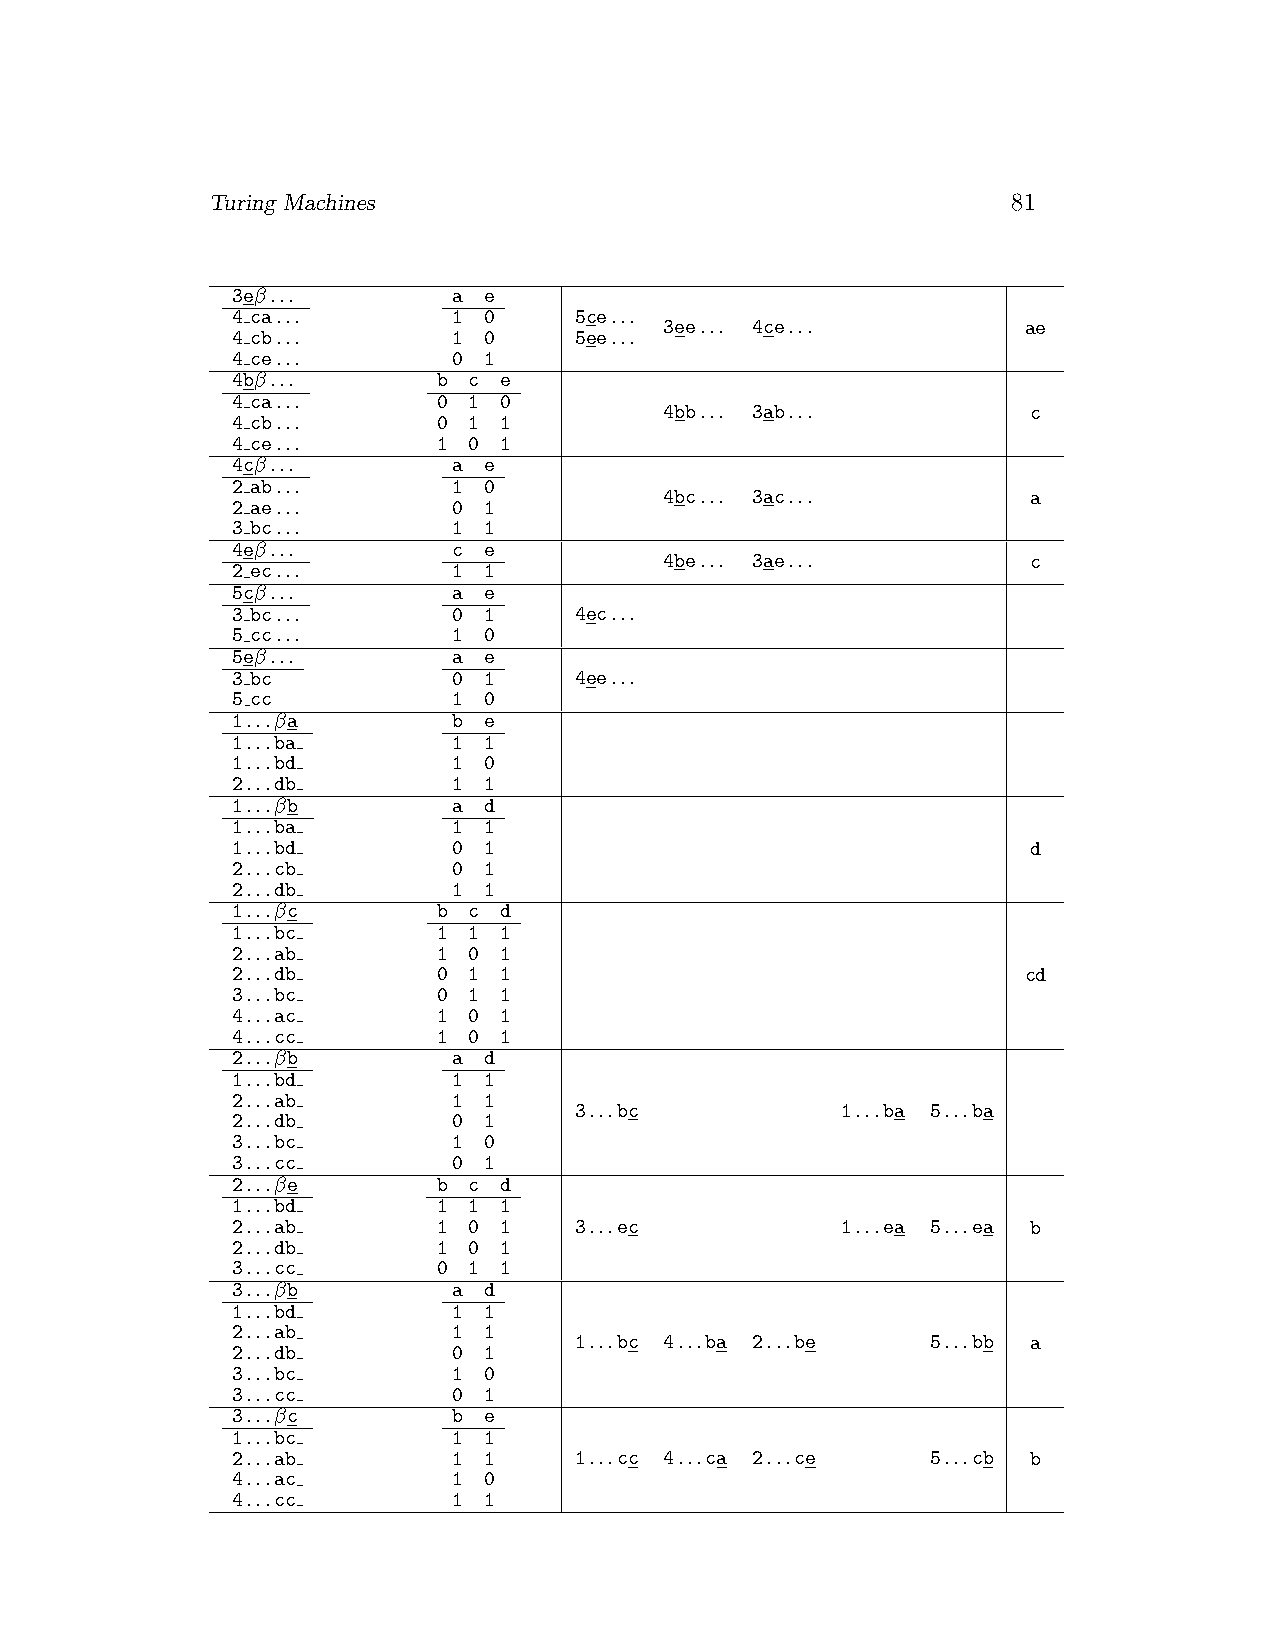
Turing Machines                                      81
 3eβ...         a e
 4 ca...        1 0     5ce...
 3ee... 4ce...           ae
 4 cb...        1 0     5ee...
 4 ce...        0 1
 4bβ...        b c e
 4 ca...       0 1 0
 4bb... 3ab...           c
 4 cb...       0 1 1
 4 ce...       1 0 1
 4cβ...         a e
 2 ab...        1 0
 4bc... 3ac...           a
 2 ae...        0 1
 3 bc...        1 1
 4eβ...         c e
 4be... 3ae...           c
 2 ec...        1 1
 5cβ...         a e
 3 bc...        0 1     4ec...
 5 cc...        1 0
 5eβ...         a e
 3 bc           0 1     4ee...
 5 cc           1 0
 1...βa         b e
 1...ba         1 1
 1...bd         1 0
 2...db         1 1
 1...βb         a d
 1...ba         1 1
 1...bd         0 1                                   d
 2...cb         0 1
 2...db         1 1
 1...βc        b c d
 1...bc        1 1 1
 2...ab        1 0 1
 2...db        0 1 1                                  cd
 3...bc        0 1 1
 4...ac        1 0 1
 4...cc        1 0 1
 2...βb         a d
 1...bd         1 1
 2...ab         1 1
 3...bc            1...ba 5...ba
 2...db         0 1
 3...bc         1 0
 3...cc         0 1
 2...βe        b c d
 1...bd        1 1 1
 2...ab        1 0 1    3...ec            1...ea 5...ea b
 2...db        1 0 1
 3...cc        0 1 1
 3...βb         a d
 1...bd         1 1
 2...ab         1 1
 1...bc 4...ba 2...be    5...bb a
 2...db         0 1
 3...bc         1 0
 3...cc         0 1
 3...βc         b e
 1...bc         1 1
 2...ab         1 1     1...cc 4...ca 2...ce    5...cb b
 4...ac         1 0
 4...cc         1 1